Indian journal of veterinary science and animal husbandry - Volumes 15-17, 1948-1951
Year: 1948
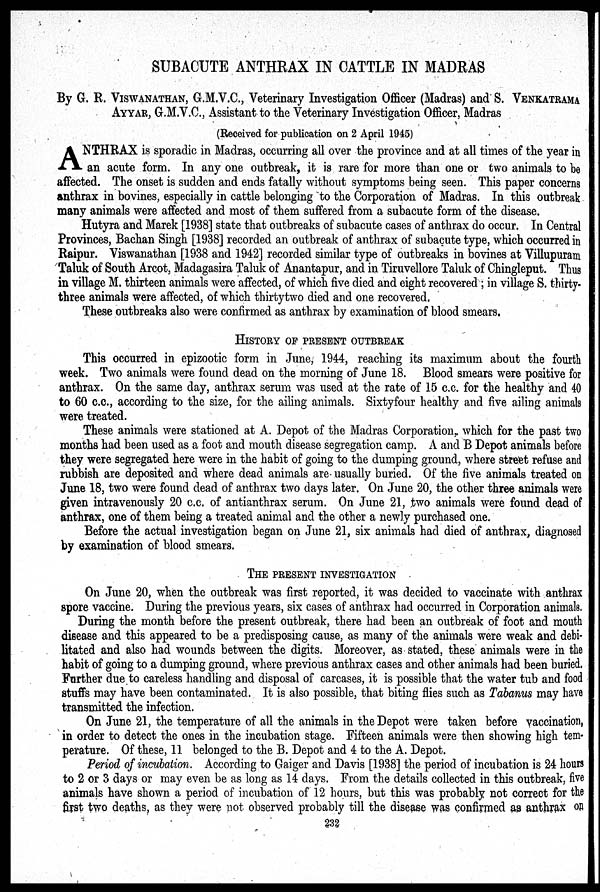
SUBACUTE ANTHRAX IN CATTLE IN MADRAS
By G. R. VISWANATHAN, G.M.V.C., Veterinary Investigation Officer (Madras) and S. VENKATRAMA
AYYAR, G.M.V.C., Assistant to the Veterinary Investigation Officer, Madras
(Received for publication on 2 April 1945)
A NTHRAX is sporadic in Madras, occurring all over the province and at all times of the year in
an acute form. In any one outbreak, it is rare for more than one or two animals to be
affected. The onset is sudden and ends fatally without symptoms being seen. This paper concerns
anthrax in bovines, especially in cattle belonging to the Corporation of Madras. In this outbreak
many animals were affected and most of them suffered from a subacute form of the disease.
Hutyra and Marek [1938] state that outbreaks of subacute cases of anthrax do occur. In Central
Provinces, Bachan Singh [1938] recorded an outbreak of anthrax of subacute type, which occurred in
Raipur. Viswanathan [1938 and 1942] recorded similar type of outbreaks in bovines at Villupuram
Taluk of South Arcot, Madagasira Taluk of Anantapur, and in Tiruvellore Taluk of Chingleput. Thus
in village M. thirteen animals were affected, of which five died and eight recovered ; in village S. thirty-
three animals were affected, of which thirtytwo died and one recovered.
These outbreaks also were confirmed as anthrax by examination of blood smears.
HISTORY OF PRESENT OUTBREAK
This occurred in epizootic form in June, 1944, reaching its maximum about the fourth
week. Two animals were found dead on the morning of June 18. Blood smears were positive for
anthrax. On the same day, anthrax serum was used at the rate of 15 c.c. for the healthy and 40
to 60 c.c., according to the size, for the ailing animals. Sixtyfour healthy and five ailing animals
were treated.
These animals were stationed at A. Depot of the Madras Corporation, which for the past two
months had been used as a foot and mouth disease segregation camp. A and B Depot animals before
they were segregated here were in the habit of going to the dumping ground, where street refuse and
rubbish are deposited and where dead animals are usually buried. Of the five animals treated on
June 18, two were found dead of anthrax two days later. On June 20, the other three animals were
given intravenously 20 c.c. of antianthrax serum. On June 21, two animals were found dead of
anthrax, one of them being a treated animal and the other a newly purchased one.
Before the actual investigation began on June 21, six animals had died of anthrax, diagnosed
by examination of blood smears.
THE PRESENT INVESTIGATION
On June 20, when the outbreak was first reported, it was decided to vaccinate with anthrax
spore vaccine. During the previous years, six cases of anthrax had occurred in Corporation animals.
During the month before the present outbreak, there had been an outbreak of foot and mouth
disease and this appeared to be a predisposing cause, as many of the animals were weak and debi-
litated and also had wounds between the digits. Moreover, as stated, these animals were in the
habit of going to a dumping ground, where previous anthrax cases and other animals had been buried.
Further due to careless handling and disposal of carcases, it is possible that the water tub and food
stuffs may have been contaminated. It is also possible, that biting flies such as Tabanus may have
transmitted the infection.
On June 21, the temperature of all the animals in the Depot were taken before vaccination,
in order to detect the ones in the incubation stage. Fifteen animals were then showing high tem-
perature. Of these, 11 belonged to the B. Depot and 4 to the A. Depot.
Period of incubation. According to Gaiger and Davis [1938] the period of incubation is 24 hours
to 2 or 3 days or may even be as long as 14 days. From the details collected in this outbreak, five
animals have shown a period of incubation of 12 hours, but this was probably not correct for the
first two deaths, as they were not observed probably till the disease was confirmed as anthrax on
232